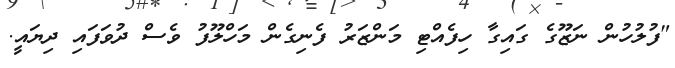
"ފުލުހުން ނަޒޫގެ ގައިގާ ހިފެއްޓި މަންޒަރު ފެނިގެން މަހްލޫފު ވެސް ދުވަފައި ދިޔައީ.